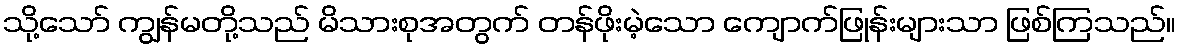
သို့သော် ကျွန်မတို့သည် မိသားစုအတွက် တန်ဖိုးမဲ့သော ကျောက်ဖြုန်းများသာ ဖြစ်ကြသည်။